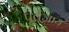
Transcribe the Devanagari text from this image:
पूर्वजाय